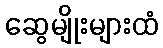
ဆွေမျိုးများထံ